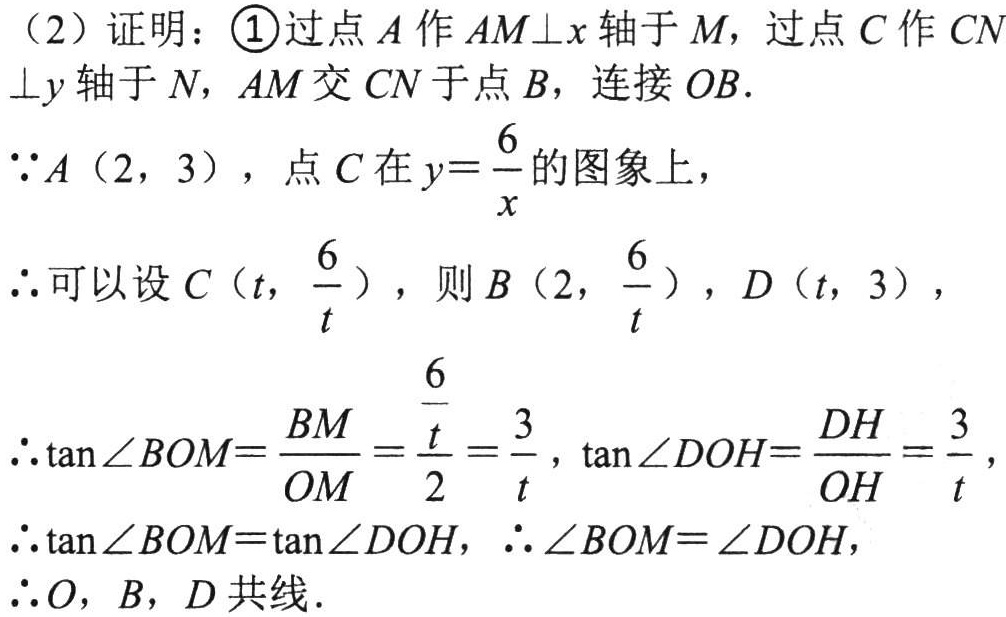
（2）证明：\textcircled{1}过点\(A\)作\(AM\perp x\)轴于\(M\)，过点\(C\)作\(CN\perp y\)轴于\(N\)，\(AM\)交\(CN\)于点\(B\)，连接\(OB\).

\(\because A(2,3)\)，点\(C\)在\(y = \frac{6}{x}\)的图象上，

\(\therefore\)可以设\(C(t,\frac{6}{t})\)，则\(B(2,\frac{6}{t})\)，\(D(t,3)\)，

\(\therefore\tan\angle BOM=\frac{BM}{OM}=\frac{\frac{6}{t}}{2}=\frac{3}{t}\)，\(\tan\angle DOH=\frac{DH}{OH}=\frac{3}{t}\)，

\(\therefore\tan\angle BOM = \tan\angle DOH\)，\(\therefore\angle BOM=\angle DOH\)，

\(\therefore O\)，\(B\)，\(D\)共线.